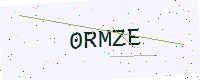
Text: 0RMZE